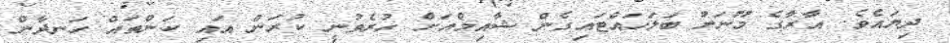
ދިޔައެވެ. އާރާގެ މޫނަށް ބަލަހައްޓައިގެން ޝާއިމްއަށް ހުރެވުނީ ކުރަން އައި ކަންތައް ހަނދާން